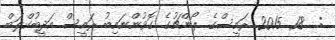
:  18